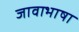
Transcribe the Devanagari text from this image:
जावाभाषा